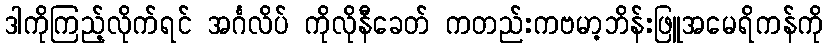
ဒါကိုကြည့်လိုက်ရင် အင်္ဂလိပ် ကိုလိုနီခေတ် ကတည်းကဗမာ့ဘိန်းဖြူအမေရိကန်ကို